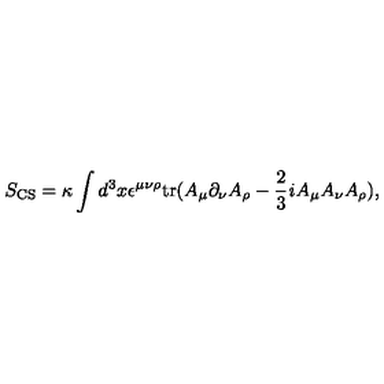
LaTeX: S _ { \mathrm { C S } } = \kappa \int d ^ { 3 } x \/ \epsilon ^ { \mu \nu \rho } \mathrm { t r } ( A _ { \mu } \partial _ { \nu } A _ { \rho } - \frac { 2 } { 3 } { \it i } A _ { \mu } A _ { \nu } A _ { \rho } ) ,